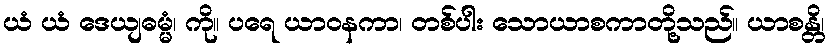
ယံ ယံ ဒေယျဓမ္မံ၊ ကို။ ပရေ ယာဝနကာ၊ တစ်ပါး သောယာစကာတို့သည်။ ယာစန္တိ၊